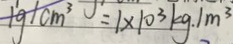
1 g \vert c m ^ { 3 } = 1 \times 1 0 ^ { 3 } k g . 1 m ^ { 3 }